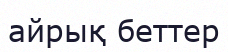
айрық беттер